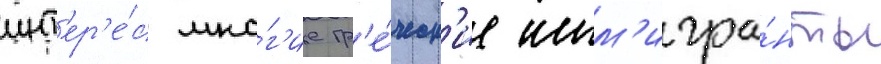
инт'ер'е́с мно́г'ие гр'е́ческ'ие имм'игра́нты